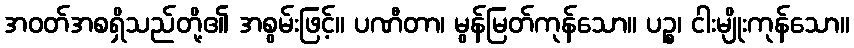
အဝတ်အစရှိသည်တို့၏ အစွမ်းဖြင့်။ ပဏီတာ၊ မွန်မြတ်ကုန်သော။ ပဉ္စ၊ ငါးမျိုးကုန်သော။